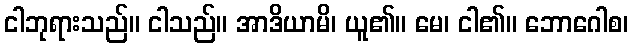
ငါဘုရားသည်။ ငါသည်။ အာဒိယာမိ၊ ယူ၏။ မေ၊ ငါ၏။ ဘောဂေါစ၊